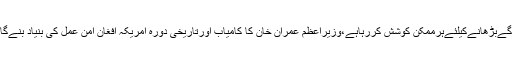
وفاقی وزیر شہریارآفریدی نےکہاہےکہ پاکستان افغان امن عمل کوآگےبڑھانےکیلئےہرممکن کوشش کررہاہے،وزیراعظم عمران خان کا کامیاب اورتاریخی دورہ امریکہ افغان امن عمل کی بنیاد بنےگا،پرامن اورترقی کی راہ پرگامزن افغانستان پاکستان میں امن میں…